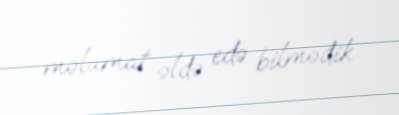
məlumat əldə edə bilmədik.